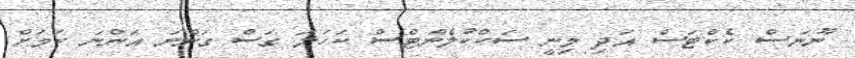
ނޫނަަސް ކެކްޓަސް އަދި މިނީ ސަކްކުލެންޓްސް ކަހަލަ ގަސް ގަންނަ އަންނަ ކަމަށް